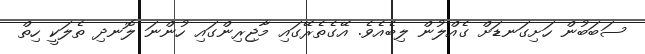
ސަބަބުން ހަށިގަނޑަށް ގެއްލުން ލިބެއެވެ. އޭގެތެރޭގައި މާޖިރިންގައި ހުންނަ ލޮނދި ތެލަކީ ހިތް